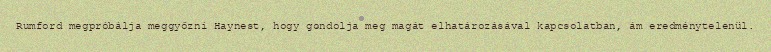
Rumford megpróbálja meggyőzni Haynest, hogy gondolja meg magát elhatározásával kapcsolatban, ám eredménytelenül.